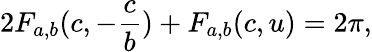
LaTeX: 2F_{a,b}(c,-\frac{c}{b})+F_{a,b}(c,u)=2\pi,